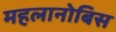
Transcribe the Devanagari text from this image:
महलानोबिस